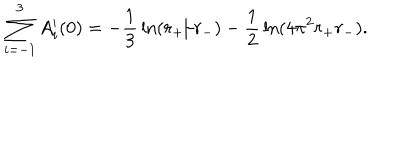
\sum _ { i = - 1 } ^ { 3 } A _ { i } ^ { \prime } ( 0 ) = - { \frac { 1 } { 3 } } \ln ( r _ { + } / r _ { - } ) - { \frac { 1 } { 2 } } \ln ( 4 \pi ^ { 2 } r _ { + } r _ { - } ) .